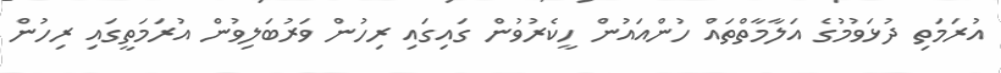
އުރަމަތި ދުޅަވުމުގެ އަލާމާތްތައް ހުންއައުން ހީކެރުވުން ގައިގައި ރިހުން ވަރުބަލިވުން އުރަމަތީގައި ރިހުން